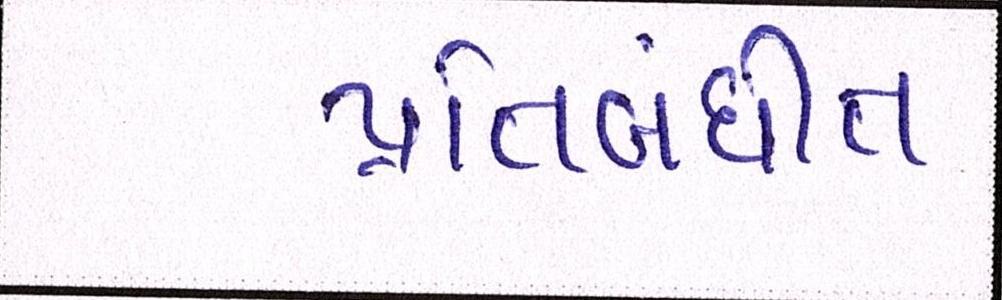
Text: પ્રતિબંધીત